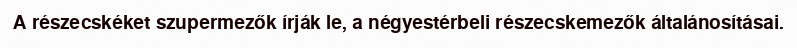
A részecskéket szupermezők írják le, a négyestérbeli részecskemezők általánosításai.